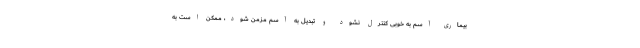
بیماری آسم به خوبی کنترل نشود و تبدیل به آسم مزمن شود، ممکن است به